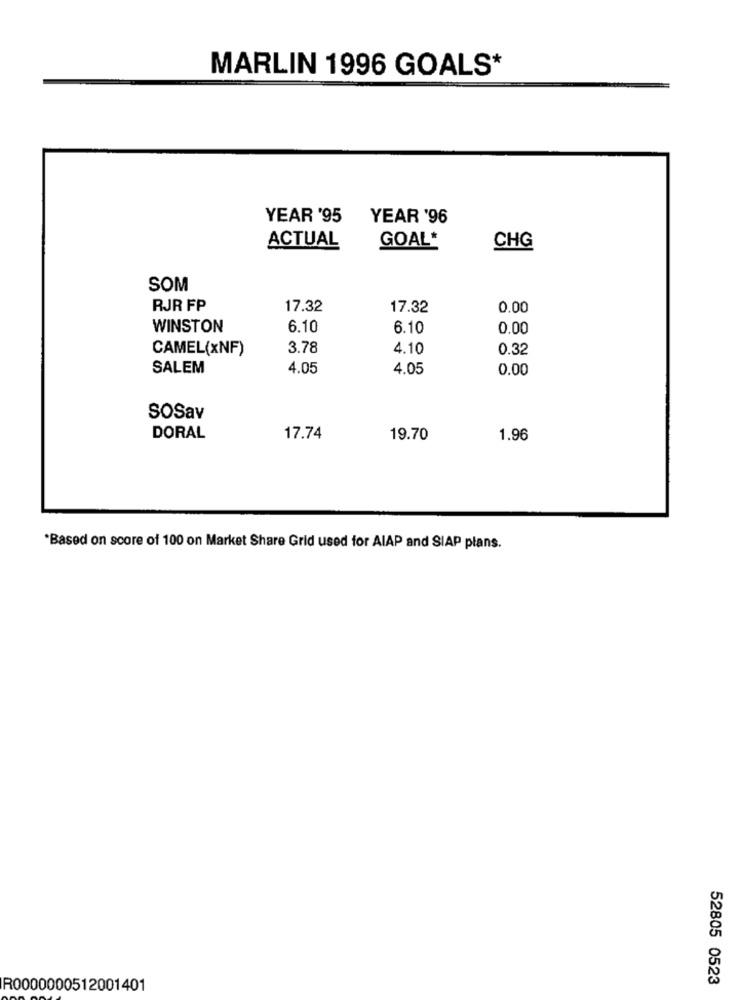
MARLIN 1996 GOALS*
YEAR '95
YEAR '96
ACTUAL
GOAL*
CHG
SOM
RJR FP
17.32
17.32
0.00
WINSTON
6.10
6.10
0.00
CAMEL(xNF)
3.78
4.10
0.32
SALEM
4.05
4.05
0.00
SOSav
DORAL
17.74
19.70
1.96
*Based on score of 100 on Market Share Grid used for AlAP and SIAP plans.
52805 0523
R0000000512001401